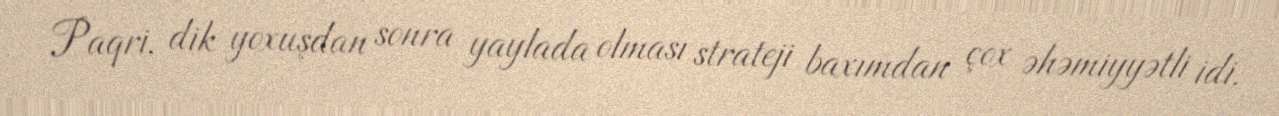
Paqri, dik yoxuşdan sonra yaylada olması strateji baxımdan çox əhəmiyyətli idi.